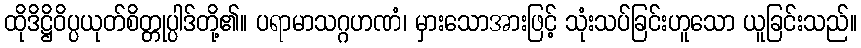
ထိုဒိဋ္ဌိဝိပ္ပယုတ်စိတ္တုပ္ပါဒ်တို့၏။ ပရာမာသဂ္ဂဟဏံ၊ မှားသောအားဖြင့် သုံးသပ်ခြင်းဟူသော ယူခြင်းသည်။